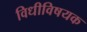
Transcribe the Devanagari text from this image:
विधीविषयक